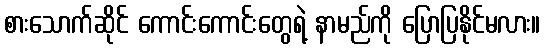
စားသောက်ဆိုင် ကောင်းကောင်းတွေရဲ့ နာမည်ကို ပြောပြနိုင်မလား။